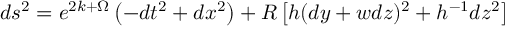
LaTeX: d s ^ { 2 } = e ^ { 2 k + \Omega } \left( - d t ^ { 2 } + d x ^ { 2 } \right) + R \left[ h ( d y + w d z ) ^ { 2 } + h ^ { - 1 } d z ^ { 2 } \right]